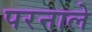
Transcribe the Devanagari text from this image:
परनाले